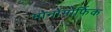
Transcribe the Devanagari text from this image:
मोनोमोर्फिक